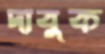
দাবুক